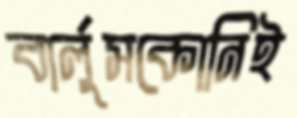
বার্লুসকোনিই